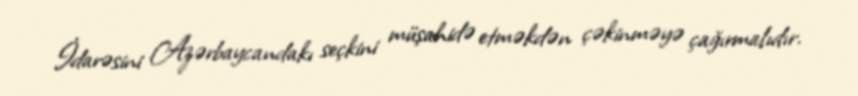
İdarəsini Azərbaycandakı seçkini müşahidə etməkdən çəkinməyə çağırmalıdır.